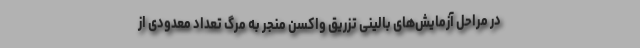
در مراحل آزمایش‌های بالینی تزریق واکسن منجر به مرگ تعداد معدودی از